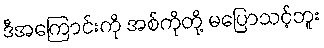
ဒီအကြောင်းကို အစ်ကိုတို့ မပြောသင့်ဘူး